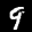
Label: 9